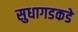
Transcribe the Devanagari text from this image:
सुधागडकडे